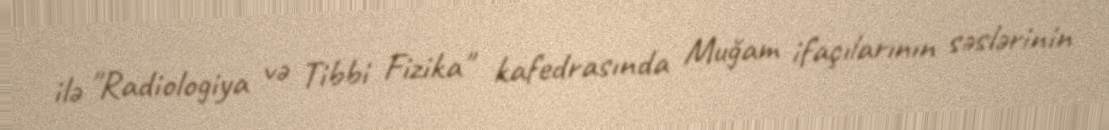
ilə "Radiologiya və Tibbi Fizika" kafedrasında Muğam ifaçılarının səslərinin